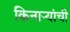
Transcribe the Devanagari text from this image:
किनाऱ्यांची